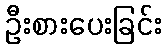
ဦးစားပေးခြင်း